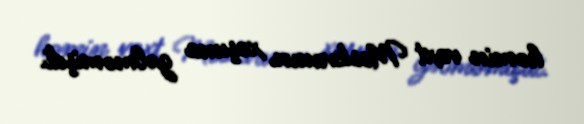
həmin vaxt Moskvanın xoşuna gəlməmişdi.